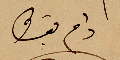
دام بقاوه